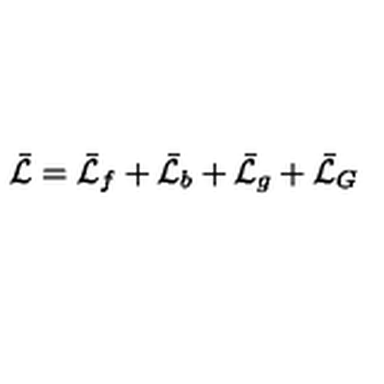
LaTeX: \bar { \cal L } = \bar { \cal L } _ { f } + \bar { \cal L } _ { b } + \bar { \cal L } _ { g } + \bar { \cal L } _ { G }